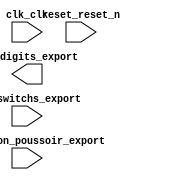

module Led_chaser (
	clk_clk,
	pio_bouton_poussoir_export,
	pio_digits_export,
	pio_switchs_export,
	reset_reset_n);	

	input		clk_clk;
	input		pio_bouton_poussoir_export;
	output	[31:0]	pio_digits_export;
	input	[7:0]	pio_switchs_export;
	input		reset_reset_n;
endmodule